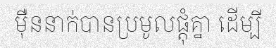
ម៉ឺននាក់បានប្រមូលផ្តុំគ្នា ដើម្បី